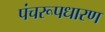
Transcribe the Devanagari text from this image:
पंचरूपधारण